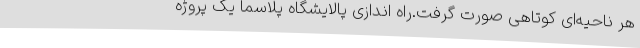
هر ناحیه‌ای کوتاهی صورت گرفت.راه اندازی پالایشگاه پلاسما یک پروژه